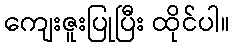
ကျေးဇူးပြုပြီး ထိုင်ပါ။